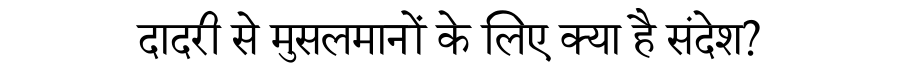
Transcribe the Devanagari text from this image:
दादरी से मुसलमानों के लिए क्या है संदेश?